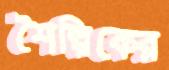
শৈল্পিকের